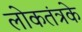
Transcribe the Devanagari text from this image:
लोकतंत्रके